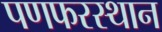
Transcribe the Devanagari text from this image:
पणफरस्थान